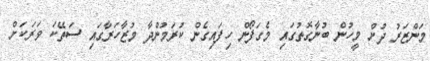
މަންޒަރު ދުށް މީހުން ބުނާގޮތުގައި މެގަފޯން ހިފައިގެން ކުރަމުންދާ މުޒާހަރާގައި ސަތޭކަ ވަރަކަށް